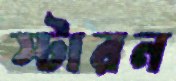
স্টারন